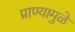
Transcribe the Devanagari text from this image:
प्राण्यामुळे